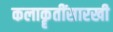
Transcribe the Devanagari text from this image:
कलाकॄतींसारखी